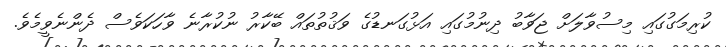
ކުރިމަގުގައި މިސުވާލަށް ޖަވާބު ދިނުމުގައި އަޅުގަނޑުގެ ވަޤުތުތައް ބޭކާރު ނުކުރާނެ ވާހަކަވެސް ދެންނެވީމެވެ.